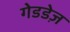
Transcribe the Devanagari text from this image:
गेडडेज़